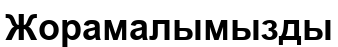
Жорамалымызды